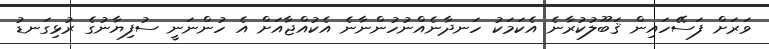
ވަރަށް ފަސޭހައިން ޤަބޫލުކުރާނެ އެކަމަކު ހަނދާނެއްނުހުންނާނެ އެކުއްޖާއަށް އެ ހުންނަނީ ސުފިޔާނުގެ ރުޅިގަނޑު